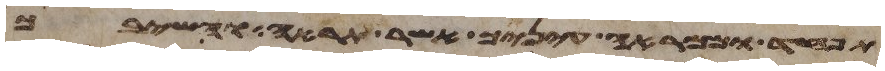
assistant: תפחד וממראה עיניך אשר תראה והשיבך